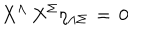
X ^ { \Lambda } \, X ^ { \Sigma } \eta _ { \Lambda \Sigma } \, = \, 0